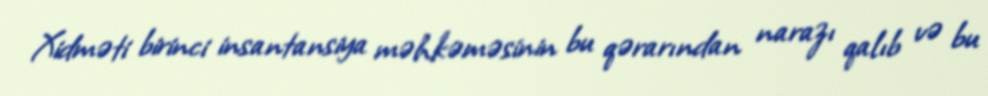
Xidməti birinci insantansiya məhkəməsinin bu qərarından narazı qalıb və bu